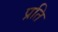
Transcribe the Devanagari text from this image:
प्रति